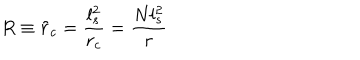
R \equiv \tilde { r } _ { c } = \frac { l _ { s } ^ { 2 } } { r _ { c } } = \frac { N l _ { s } ^ { 2 } } { r }